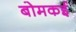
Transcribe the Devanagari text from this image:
बोमकई